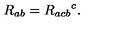
R _ { a b } = R _ { a c b } { } ^ { c } .